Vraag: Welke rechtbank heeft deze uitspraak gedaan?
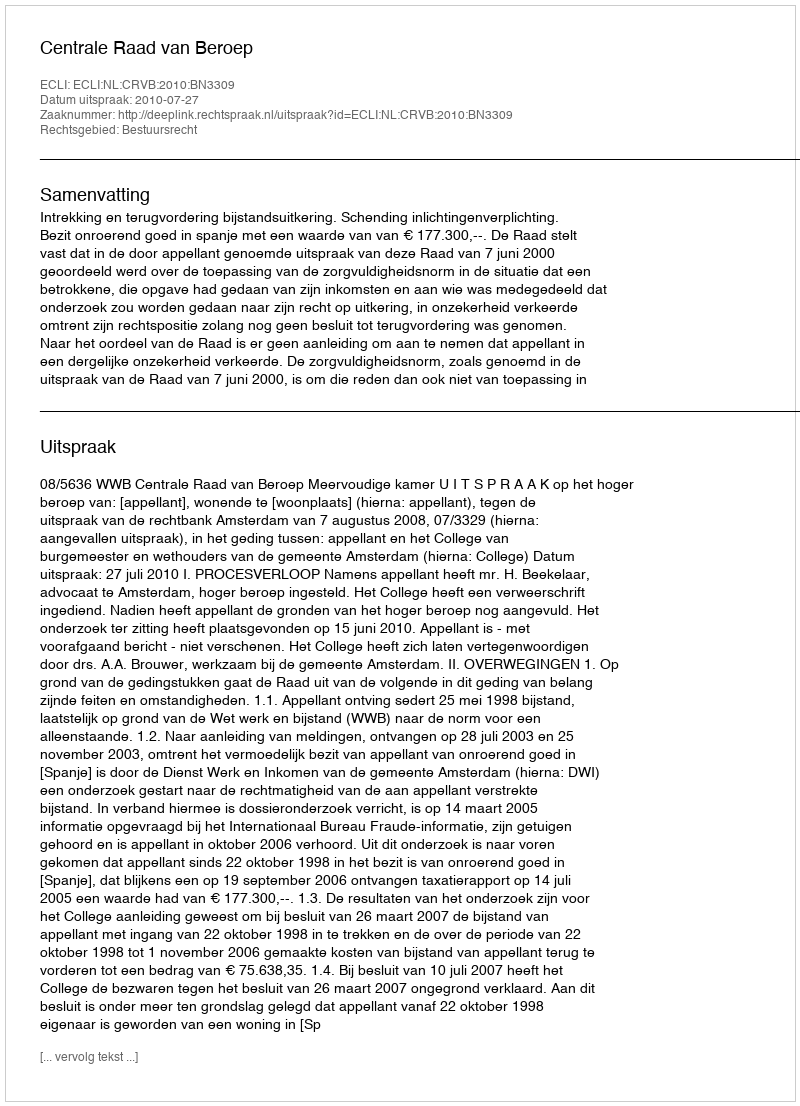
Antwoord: Centrale Raad van Beroep